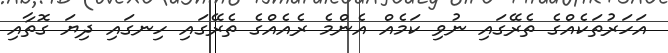
އަހަރުތަކެއްގެ ތެރޭގައި ނުވި ކަމެއް އެންމެ ރެއެއްގެ ތެރޭގައި ހިނގައި ދިޔަ ގޮތާއި